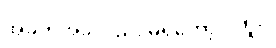
အခက်အခဲလည်း မရှိတော့ပါဘူး။